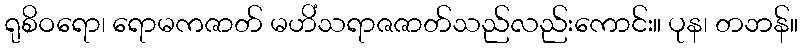
ရုစိဝရော၊ ရောမကဇာတ် မဟိံသရာဇဇာတ်သည်လည်းကောင်း။ ပုန၊ တဘန်။